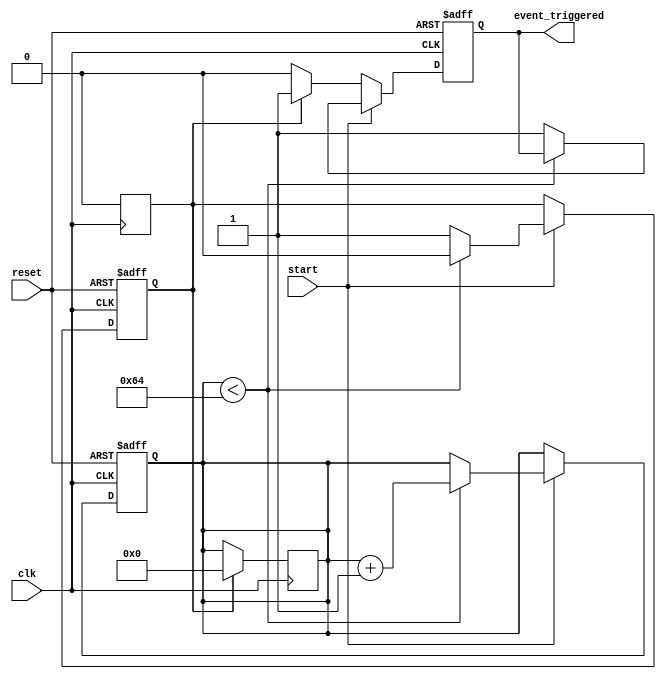
module TimerControlledEvent (
    input wire clk,              // Clock signal
    input wire reset,            // Asynchronous reset signal
    input wire start,            // Control signal to initiate the timer
    output reg event_triggered    // Signal indicating when the event has been triggered
);

    // Parameters
    parameter THRESHOLD = 100;   // Define the threshold value for the timer

    // Internal signals
    reg [7:0] timer_count;        // Timer counter (8-bit for example, adjust as needed)
    reg timer_expired;            // Flag indicating when the timer has expired

    // Initialization and Timer Operation
    always @(posedge clk or posedge reset) begin
        if (reset) begin
            timer_count <= 8'b0;   // Reset timer count
            event_triggered <= 1'b0; // Deactivate event
            timer_expired <= 1'b0;   // Deactivate timer expired flag
        end else if (start) begin
            if (timer_count < THRESHOLD) begin
                timer_count <= timer_count + 1; // Increment timer count
                timer_expired <= 1'b0; // Timer not expired yet
            end else begin
                timer_expired <= 1'b1; // Timer has expired
                event_triggered <= 1'b1; // Trigger the event
            end
        end else begin
            // If start is not asserted, keep the current state
            if (timer_expired) begin
                event_triggered <= 1'b1; // Maintain event triggered state
            end else begin
                event_triggered <= 1'b0; // Ensure event is not triggered
            end
        end
    end

    // Optional: Reset the timer count after triggering the event
    always @(posedge clk) begin
        if (timer_expired) begin
            timer_count <= 8'b0; // Reset timer count after event
            timer_expired <= 1'b0; // Reset expired flag
        end
    end

endmodule